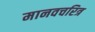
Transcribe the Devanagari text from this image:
मानवचरित्र